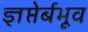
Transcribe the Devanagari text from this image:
ज्ञप्तेर्बभूव